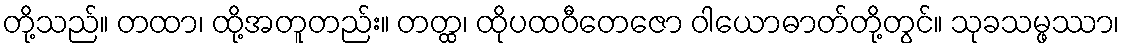
တို့သည်။ တထာ၊ ထို့အတူတည်း။ တတ္ထ၊ ထိုပထဝီတေဇော ဝါယောဓာတ်တို့တွင်။ သုခသမ္ဖဿာ၊